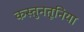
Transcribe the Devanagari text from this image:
कस्तुनतूनिया